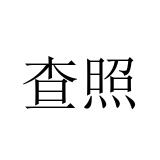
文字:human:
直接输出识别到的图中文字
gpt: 查照